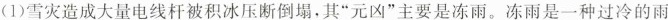
(1)雪灾造成大量电线杆被积冰压断倒塌，其”元凶”主要是冻雨。冻雨是一种过冷的雨